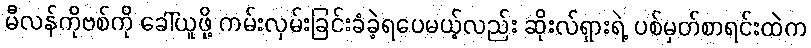
မီလန်ကိုဗစ်ကို ခေါ်ယူဖို့ ကမ်းလှမ်းခြင်းခံခဲ့ရပေမယ့်လည်း ဆိုးလ်ရှားရဲ့ ပစ်မှတ်စာရင်းထဲက